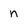
Character: n